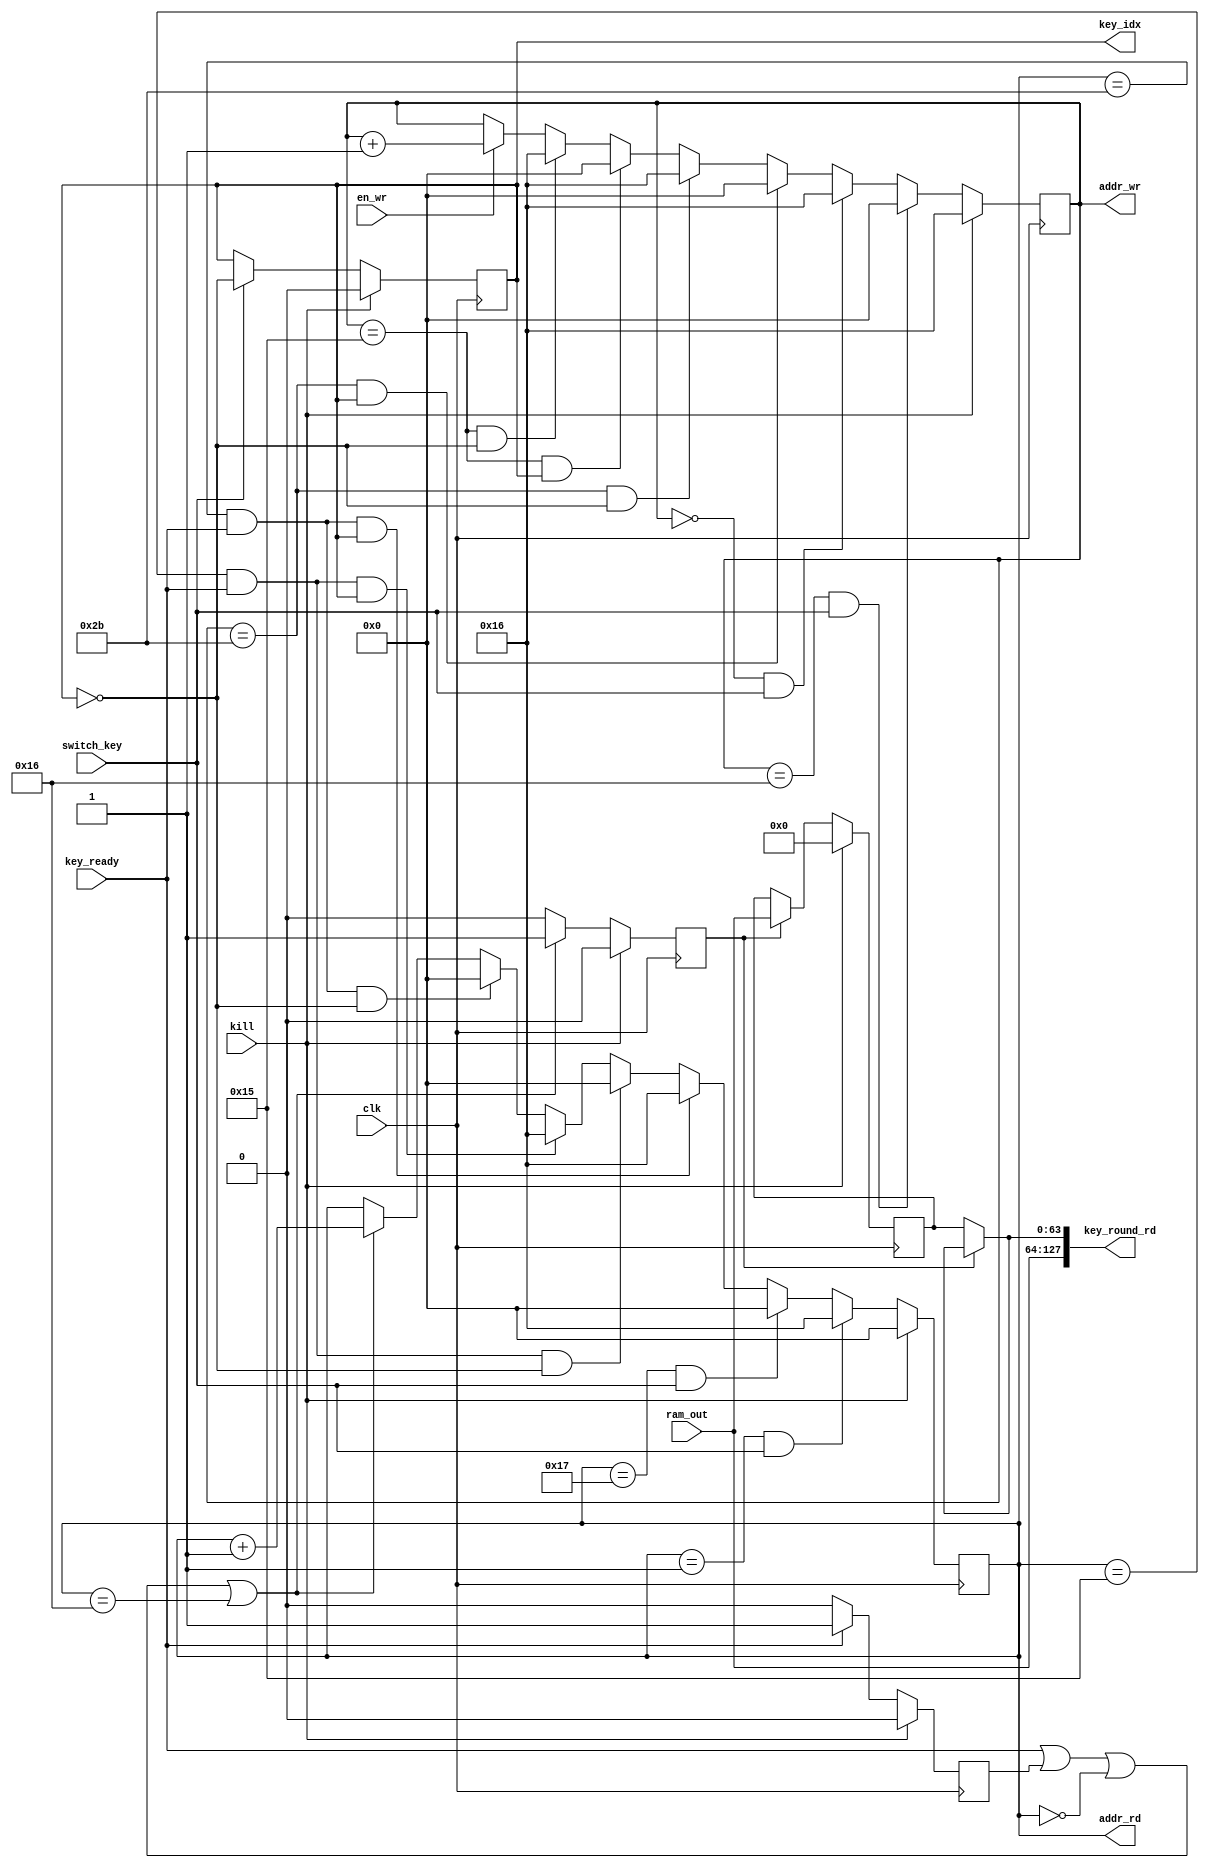
/**************************************************************************************************
 *                                                                                                *
 *                                                                                                *
 **************************************************************************************************
 *                                                                                                *
 *  Description:                                                                                  *
 *                                                                                                *
 *  Block KeyRam 2 key set- 64 bit input write                                                    *
 *                                                                                                *
 **************************************************************************************************
 *    Synthesis in Vivado:                                                                        *
 *   			LUT:	??								  *
 *			FF:	??								  *
 *			BRAM:	??								  *
 **************************************************************************************************
 *  Verilog code                                                                                  *
 **************************************************************************************************/

(* keep_hierarchy = "yes" *)

module aes_128_keyram_control_2key_switch (
	/* inputs */
	input			clk,
	input			kill,
	input			en_wr,
	input			key_ready,
	input		[63:0]	ram_out,
	input			switch_key,
	
	/* outputs */
	output		[127:0]	key_round_rd,
	output	reg	[5:0]	addr_wr = 6'd22,
	output	reg	[5:0]	addr_rd = 6'b0,
	output	reg		key_idx = 1'b0
	);

/**************************************************************************************************
*        PARAMETERS
 **************************************************************************************************/
parameter LENGTH_RAM = 64;
parameter LENGTH_KEY_SET = 22;

/**************************************************************************************************
 *      LOCAL WIRES, REGS                                                                         *
 **************************************************************************************************/
reg			key_ready_r = 1'b0;
reg	[63:0]		key_round_buf;
reg			flag_addr = 1'b0;
reg			wr_last = 1'b0;
reg	[5:0]		key_ready_count = 6'b0;
reg			read_status = 1'b0;

/**************************************************************************************************
 *      LOGIC                                                                                     *
 **************************************************************************************************/
//key_round_buf - buffer for a half of a key
always @(posedge clk)
	if (kill)
		key_round_buf <= 64'b0;
	else if (flag_addr)
		key_round_buf <= ram_out;

/**************************************************************************************************/
//key_round_rd
assign key_round_rd[63:0] = (~flag_addr) ? key_round_buf : key_round_rd[63:0];
assign key_round_rd[127:64] =  ram_out; 

/**************************************************************************************************/
//flag_addr- flag of switching of the buffer
always @(posedge clk)
	if (kill)
		flag_addr <= 1'b0;
	else if (key_ready | key_ready_r | (addr_rd == 6'b0) | (addr_rd == LENGTH_KEY_SET))
		flag_addr <= 1'b1;
	else 
		flag_addr <= 1'b0;

/**************************************************************************************************/
//addr_rd
always @(posedge clk)
	if (kill)
		addr_rd <= 6'b0;

	else if ((addr_rd == 6'b1) & switch_key)
		addr_rd <= LENGTH_KEY_SET;
	else if ((addr_rd == LENGTH_KEY_SET+1) & switch_key)
		addr_rd <= 6'b0;
	else if ((addr_rd == (2 * LENGTH_KEY_SET)-1) & key_ready & key_idx) 	//addr_rd = (22-44); key_idx = 1
		addr_rd <= LENGTH_KEY_SET;
	else if ((addr_rd == LENGTH_KEY_SET-1) & key_ready & (~key_idx)) 	//addr_rd = (0-22); key_idx = 0 
		addr_rd <= 6'b0;
	else if ((addr_rd == LENGTH_KEY_SET-1) & key_ready & key_idx) 		//addr_rd = (0-22); key_idx = 1 
		addr_rd <= LENGTH_KEY_SET;
	else if ((addr_rd == (2 * LENGTH_KEY_SET)-1) & key_ready & (~key_idx)) 	//addr_rd = (22-44); key_idx = 0
		addr_rd <= 6'b0;

	else if (key_ready | key_ready_r | (addr_rd == 6'b0) | (addr_rd == LENGTH_KEY_SET))
		addr_rd <= addr_rd + 6'b1;

/**************************************************************************************************/
//wr_last
always @(posedge clk)
	if (kill)
		wr_last <= 1'b0;
	else if ((addr_wr == LENGTH_KEY_SET-2) | (addr_wr == (2 * LENGTH_KEY_SET)-2))
		wr_last <= 1'b1;
	else
		wr_last <= 1'b0;

/**************************************************************************************************/
//addr_wr	
always @(posedge clk)
	if (kill)
		addr_wr <= LENGTH_KEY_SET;

	else if ((addr_wr == LENGTH_KEY_SET) & switch_key)
		addr_wr <= 6'b0;
	else if ((addr_wr == 6'b0) & switch_key)
		addr_wr <= LENGTH_KEY_SET;
	else if ((addr_wr == (2 * LENGTH_KEY_SET)-1) & key_idx)
		addr_wr <= 6'b0;
	else if ((addr_wr == (2 * LENGTH_KEY_SET)-1) & (~key_idx))
		addr_wr <= LENGTH_KEY_SET;
	else if ((addr_wr == LENGTH_KEY_SET-1) & key_idx)
		addr_wr <= 6'b0;
	else if ((addr_wr == LENGTH_KEY_SET-1) & (~key_idx))
		addr_wr <= LENGTH_KEY_SET;
	else if (en_wr)
		addr_wr <= addr_wr + 6'b1;

/**************************************************************************************************/
//key_ready_r
always @(posedge clk)
	if (kill)
		key_ready_r <= 1'b0;
	else if (key_ready)
		key_ready_r <= 1'b1;
	else
		key_ready_r <= 1'b0;

/**************************************************************************************************/
//key_ready_count
always @(posedge clk)
	if (kill)
		key_ready_count <= 6'b0;
	else if (key_ready_count == LENGTH_KEY_SET/2)
		key_ready_count <= 6'b0;
	else if (key_ready)
		key_ready_count <= key_ready_count + 6'b1;

/**************************************************************************************************/
//read_status - high level transmit key_set; low level no transmit
always @(posedge clk)
	if (kill)
		read_status <= 1'b0;
	else if (key_ready_count == 6'b0)
		read_status <= 1'b0;
	else
		read_status <= 1'b1;

/**************************************************************************************************/
//key_idx - high level ram[43:22], low level ram[21:0]
always @(posedge clk)
	if (kill)
		key_idx <= 1'b0;
	else if (switch_key)
		key_idx <= ~key_idx;

/**************************************************************************************************/
endmodule